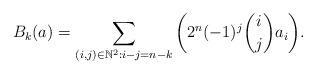
LaTeX: \begin{align*} B_{k}(a) = \sum_{(i,j) \in \mathbb{N}^{2}: i-j=n-k}{\left(2^{n}(-1)^{j}{i \choose j}a_{i}\right)}. \end{align*}